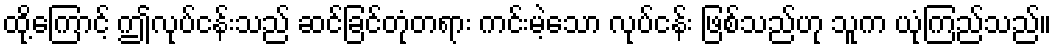
ထို့ကြောင့် ဤလုပ်ငန်းသည် ဆင်ခြင်တုံတရား ကင်းမဲ့သော လုပ်ငန်း ဖြစ်သည်ဟု သူက ယုံကြည်သည်။